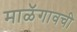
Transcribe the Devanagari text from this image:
माळॅगावची